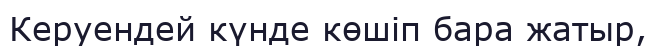
Керуендей күнде көшіп бара жатыр,